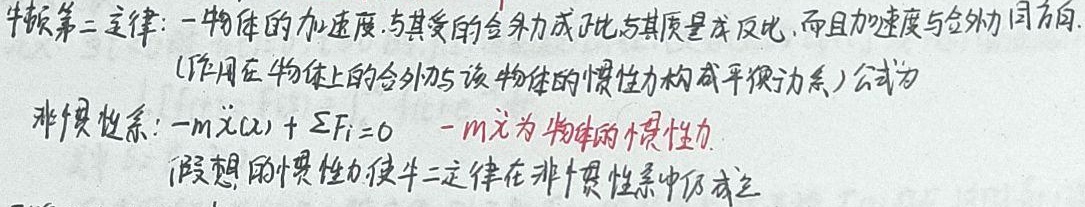
牛顿第二定律：一物体的加速度，与其受的合外力成正比，与其质量成反比，而且加速度与合外力同方向。(作用在物体上的合外力与该物体的惯性力构成平衡力系)

公式（非惯性系）：\(-m\ddot{x}(t)+\sum F_{i}=0\) ，其中\(-m\ddot{x}\)为物体的惯性力。假想的惯性力使牛二定律在非惯性系中仍成立